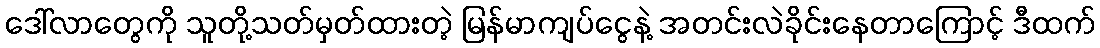
ဒေါ်လာတွေကို သူတို့သတ်မှတ်ထားတဲ့ မြန်မာကျပ်ငွေနဲ့ အတင်းလဲခိုင်းနေတာကြောင့် ဒီထက်